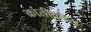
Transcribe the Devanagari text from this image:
क्रांतीकारा